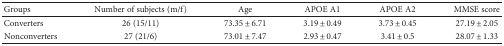
<table><thead><tr><td><b>Groups</b></td><td><b>Number of subjects (m/f)</b></td><td><b>Age</b></td><td><b>APOE A1</b></td><td><b>APOE A2</b></td><td><b>MMSE score</b></td></tr></thead><tbody><tr><td>Converters</td><td>26 (15/11)</td><td>73.35 ± 6.71</td><td>3.19 ± 0.49</td><td>3.73 ± 0.45</td><td>27.19 ± 2.05</td></tr><tr><td>Nonconverters</td><td>27 (21/6)</td><td>73.01 ± 7.47</td><td>2.93 ± 0.47</td><td>3.41 ± 0.5</td><td>28.07 ± 1.33</td></tr></tbody></table>